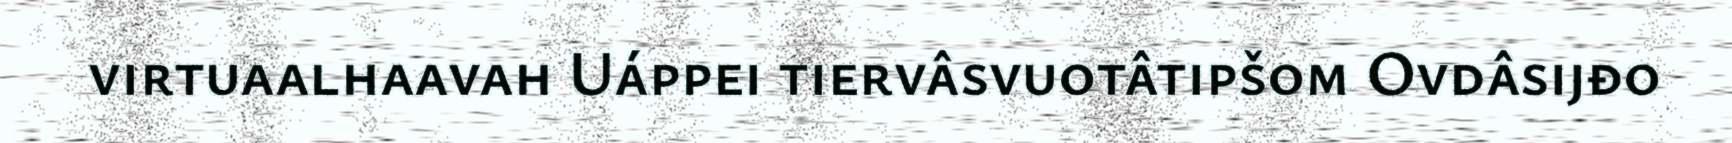
virtuaalhaavah Uáppei tiervâsvuotâtipšom Ovdâsijđo